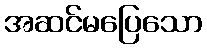
အဆင်မပြေသော